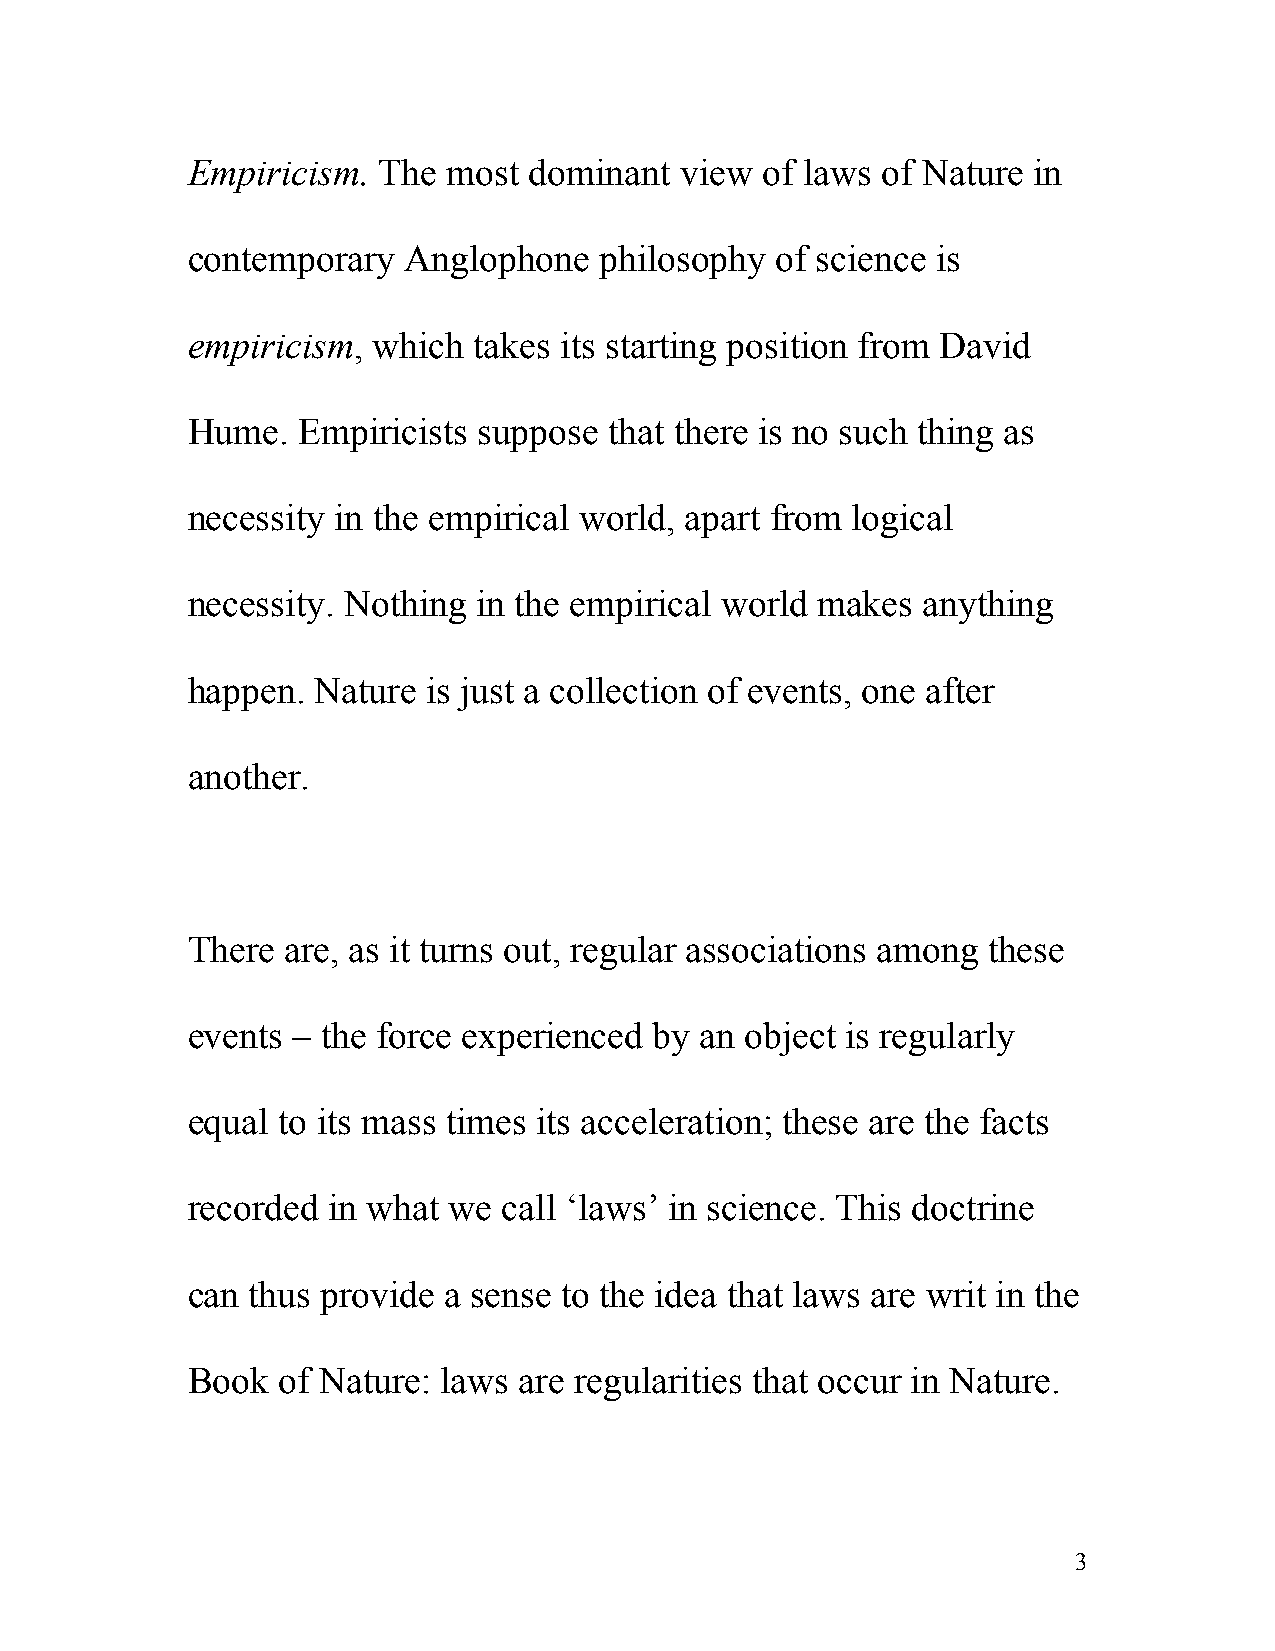
Empiricism.  The  most dominant  view of laws of Nature in
 contemporary   Anglophone   philosophy of science is
 empiricism,  which takes its starting position from David
 Hume.   Empiricists suppose that there is no such thing as
 necessity in the empirical world, apart from logical
 necessity. Nothing  in the empirical world makes anything
 happen.  Nature is just a collection of events, one after
 another.
 There  are, as it turns out, regular associations among these
 events – the force experienced by an object is regularly
 equal to its mass times its acceleration; these are the facts
 recorded  in what we call ‘laws’ in science. This doctrine
 can thus provide a sense to the idea that laws are writ in the
 Book  of Nature: laws are regularities that occur in Nature.
 3